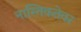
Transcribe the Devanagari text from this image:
नास्तिकतेवर